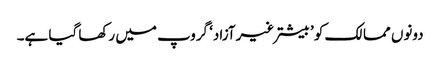
دونوں ممالک کو ’بیشترغیرآزاد‘ گروپ میں رکھا گیا ہے۔